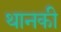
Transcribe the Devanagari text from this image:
थानकी